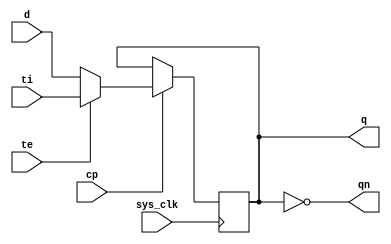
module fd1e
(
	output	q,
	output	qn,
	input		d,
	input		cp,
	input		ti,
	input		te,
	input		sys_clk
);

reg	fd_data = 1'b0;

assign q = fd_data;
assign qn = ~fd_data;

// always @(posedge cp)
always @(posedge sys_clk)
begin
	if (cp) begin
		if (~te) begin
			fd_data <= d;
		end else begin
			fd_data <= ti;
		end
	end
end

endmodule